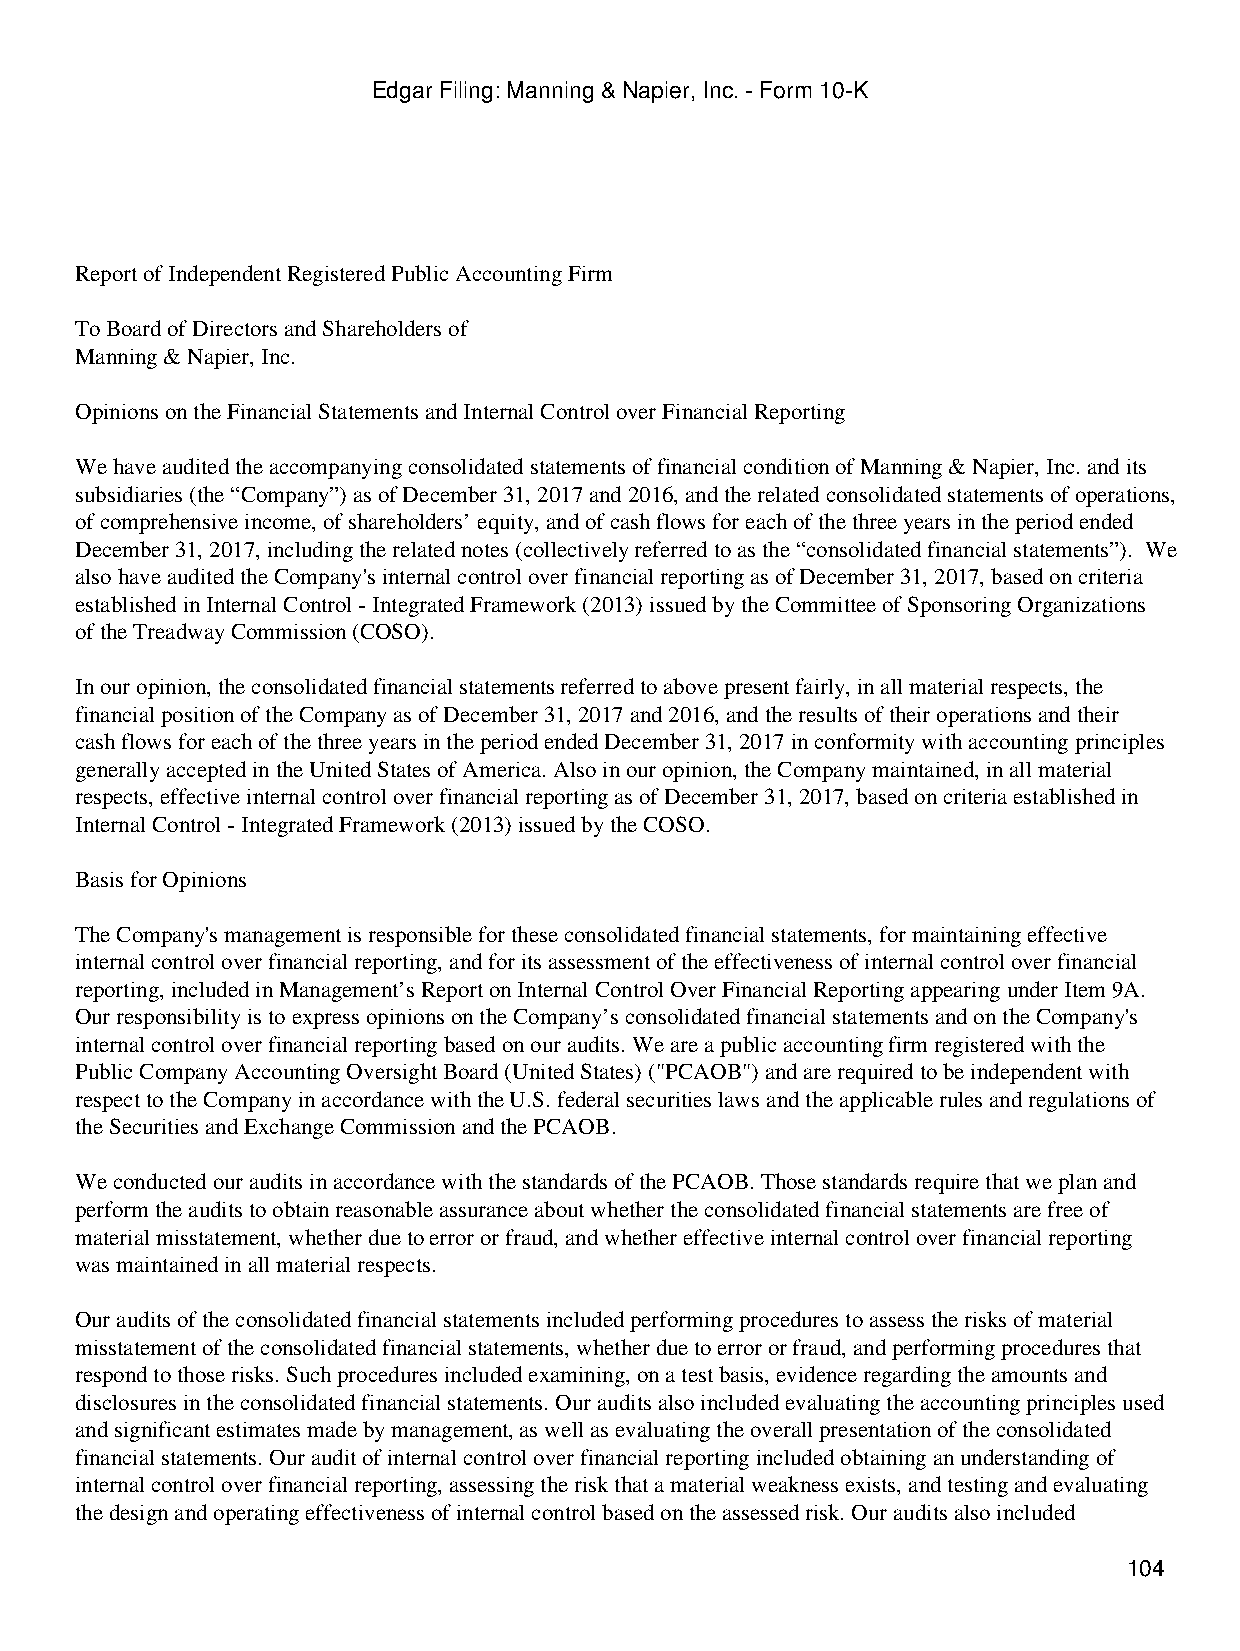
Edgar Filing: Manning & Napier, Inc. - Form 10-K
 Report of Independent Registered Public Accounting Firm
 To Board of Directors and Shareholders of
 Manning & Napier, Inc.
 Opinions on the Financial Statements and Internal Control over Financial Reporting
 We have audited the accompanying consolidated statements of financial condition of Manning & Napier, Inc. and its
 subsidiaries (the “Company”) as of December 31, 2017 and 2016, and the related consolidated statements of operations,
 of comprehensive income, of shareholders’ equity, and of cash flows for each of the three years in the period ended
 December 31, 2017, including the related notes (collectively referred to as the “consolidated financial statements”). We
 also have audited the Company's internal control over financial reporting as of December 31, 2017, based on criteria
 established in Internal Control - Integrated Framework (2013) issued by the Committee of Sponsoring Organizations
 of the Treadway Commission (COSO).
 In our opinion, the consolidated financial statements referred to above present fairly, in all material respects, the
 financial position of the Company as of December 31, 2017 and 2016, and the results of their operations and their
 cash flows for each of the three years in the period ended December 31, 2017 in conformity with accounting principles
 generally accepted in the United States of America. Also in our opinion, the Company maintained, in all material
 respects, effective internal control over financial reporting as of December 31, 2017, based on criteria established in
 Internal Control - Integrated Framework (2013) issued by the COSO.
 Basis for Opinions
 The Company's management is responsible for these consolidated financial statements, for maintaining effective
 internal control over financial reporting, and for its assessment of the effectiveness of internal control over financial
 reporting, included in Management’s Report on Internal Control Over Financial Reporting appearing under Item 9A.
 Our responsibility is to express opinions on the Company’s consolidated financial statements and on the Company's
 internal control over financial reporting based on our audits. We are a public accounting firm registered with the
 Public Company Accounting Oversight Board (United States) ("PCAOB") and are required to be independent with
 respect to the Company in accordance with the U.S. federal securities laws and the applicable rules and regulations of
 the Securities and Exchange Commission and the PCAOB.
 We conducted our audits in accordance with the standards of the PCAOB. Those standards require that we plan and
 perform the audits to obtain reasonable assurance about whether the consolidated financial statements are free of
 material misstatement, whether due to error or fraud, and whether effective internal control over financial reporting
 was maintained in all material respects.
 Our audits of the consolidated financial statements included performing procedures to assess the risks of material
 misstatement of the consolidated financial statements, whether due to error or fraud, and performing procedures that
 respond to those risks. Such procedures included examining, on a test basis, evidence regarding the amounts and
 disclosures in the consolidated financial statements. Our audits also included evaluating the accounting principles used
 and significant estimates made by management, as well as evaluating the overall presentation of the consolidated
 financial statements. Our audit of internal control over financial reporting included obtaining an understanding of
 internal control over financial reporting, assessing the risk that a material weakness exists, and testing and evaluating
 the design and operating effectiveness of internal control based on the assessed risk. Our audits also included
 104